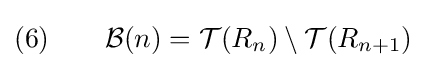
(6)\qquad {\mathcal {B}}(n)={\mathcal {T}}(R_{n})\setminus {\mathcal {T}}(R_{n+1})